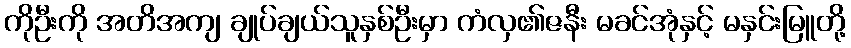
ကိုဦးကို အတိအကျ ချုပ်ချယ်သူနှစ်ဦးမှာ ကံလှ၏ဇနီး မခင်အုံနှင့် မနှင်းမြူတို့